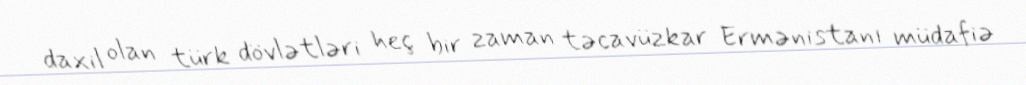
daxil olan türk dövlətləri heç bir zaman təcavüzkar Ermənistanı müdafiə